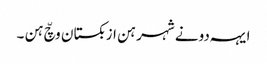
ایہہ دونے شہر ہن ازبکستان وچّ ہن ۔